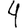
Digit: 4